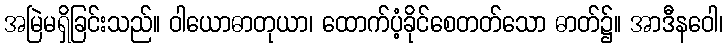
အမြဲမရှိခြင်းသည်။ ဝါယောဓာတုယာ၊ ထောက်ပံ့ခိုင်စေတတ်သော ဓာတ်၌။ အာဒီနဝေါ၊